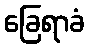
ခြေရာခံ